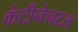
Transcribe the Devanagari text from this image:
कंटीनेनटल